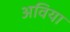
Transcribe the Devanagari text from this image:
अविया